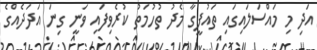
އަދި މި މައްސަލައިގައި ތައުފީގާ މެދު ތުހުމަތު ކުރެވިފައި ވަނީ ގިނަ އަދަދެއްގެ